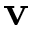
\mathbf v